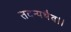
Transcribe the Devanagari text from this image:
तदन्यथैव।।